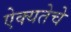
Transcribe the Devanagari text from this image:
ऐक्यतेचे